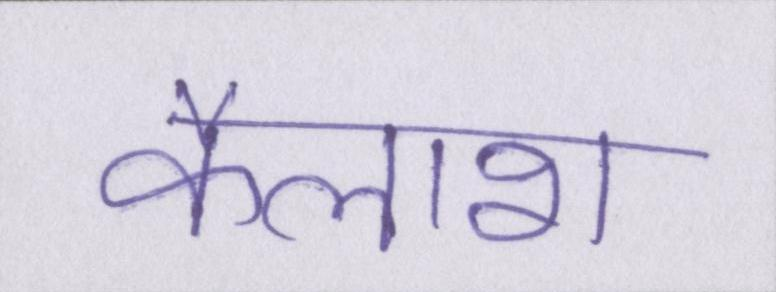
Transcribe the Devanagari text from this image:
कैलाश